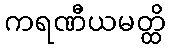
ကရဏီယမတ္ထိ